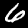
Digit: 6